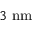
3 \ \mathrm { n m }